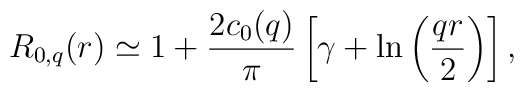
R_{0,q}(r) \simeq 1 +{2c_0(q)\over\pi}\left[\gamma + \ln\left({q r\over 2}\right)\right],